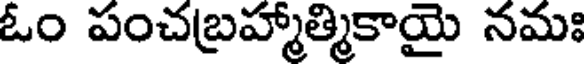
ఓం పంచబ్రహ్మాత్మికాయై నమః